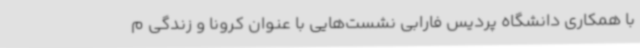
با همکاری دانشگاه پردیس فارابی نشست‌هایی با عنوان کرونا و زندگی م